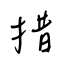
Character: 措